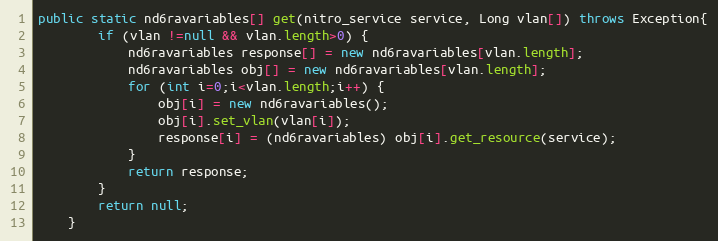
Language: Java
public static nd6ravariables[] get(nitro_service service, Long vlan[]) throws Exception{
		if (vlan !=null && vlan.length>0) {
			nd6ravariables response[] = new nd6ravariables[vlan.length];
			nd6ravariables obj[] = new nd6ravariables[vlan.length];
			for (int i=0;i<vlan.length;i++) {
				obj[i] = new nd6ravariables();
				obj[i].set_vlan(vlan[i]);
				response[i] = (nd6ravariables) obj[i].get_resource(service);
			}
			return response;
		}
		return null;
	}